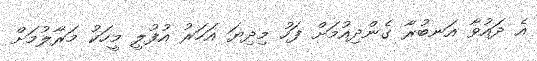
އެ ދައުވާ އަނބުރާ ގެންދިއުމަށް ފަހު މިދިޔަ އަހަރު އުފުލީ މީހަކު މަރާލުމަށް